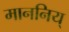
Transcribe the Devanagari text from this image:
माननिय्